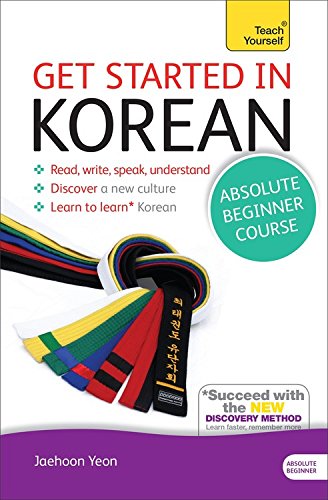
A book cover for Get Started in Korean Absolute Beginner Course: The essential introduction to reading, writing, speaking and understanding a new language (Teach Yourself Language); Jaehoon Yeon; Travel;